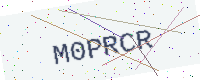
Text: M0PRCR